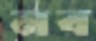
নব